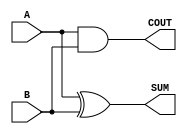
module Parameterized_Half_Adder #(
    parameter WIDTH = 1  // Default bit-width of inputs
)(
    input  [WIDTH-1:0] A,  // First operand
    input  [WIDTH-1:0] B,  // Second operand
    output [WIDTH-1:0] SUM, // Sum output
    output COUT             // Carry-out output
);

    // Generate the SUM and COUT outputs
    assign SUM = A ^ B;       // Bitwise XOR for SUM
    assign COUT = |(A & B);   // Bitwise AND and OR to generate Carry-out

endmodule